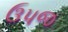
ઉપજ